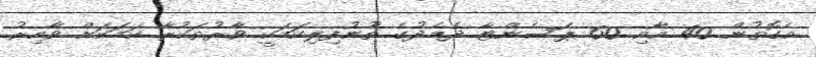
އެގޮތުން 40 އާއި 60 ޕަސެންޓާ ދެމެދުގެ ތޫނުފިލިކަމަކީ ވާރުތަކުރާ ކަމަކަށް ވާއިރު